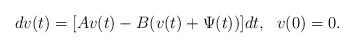
LaTeX: \begin{align*} dv(t) = [Av(t) - B(v(t) + \Psi(t))]dt, \ \ v(0) = 0.\end{align*}